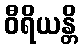
ဝီရိယန္တိ